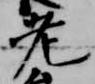
老